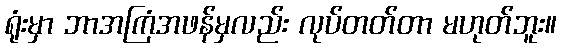
ရုံးမှာ ဘာအကြံအဖန်မှလည်း လုပ်တတ်တာ မဟုတ်ဘူး။